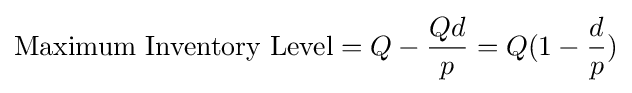
{\text{Maximum Inventory Level}}=Q-{\frac {Qd}{p}}=Q(1-{\frac {d}{p}})